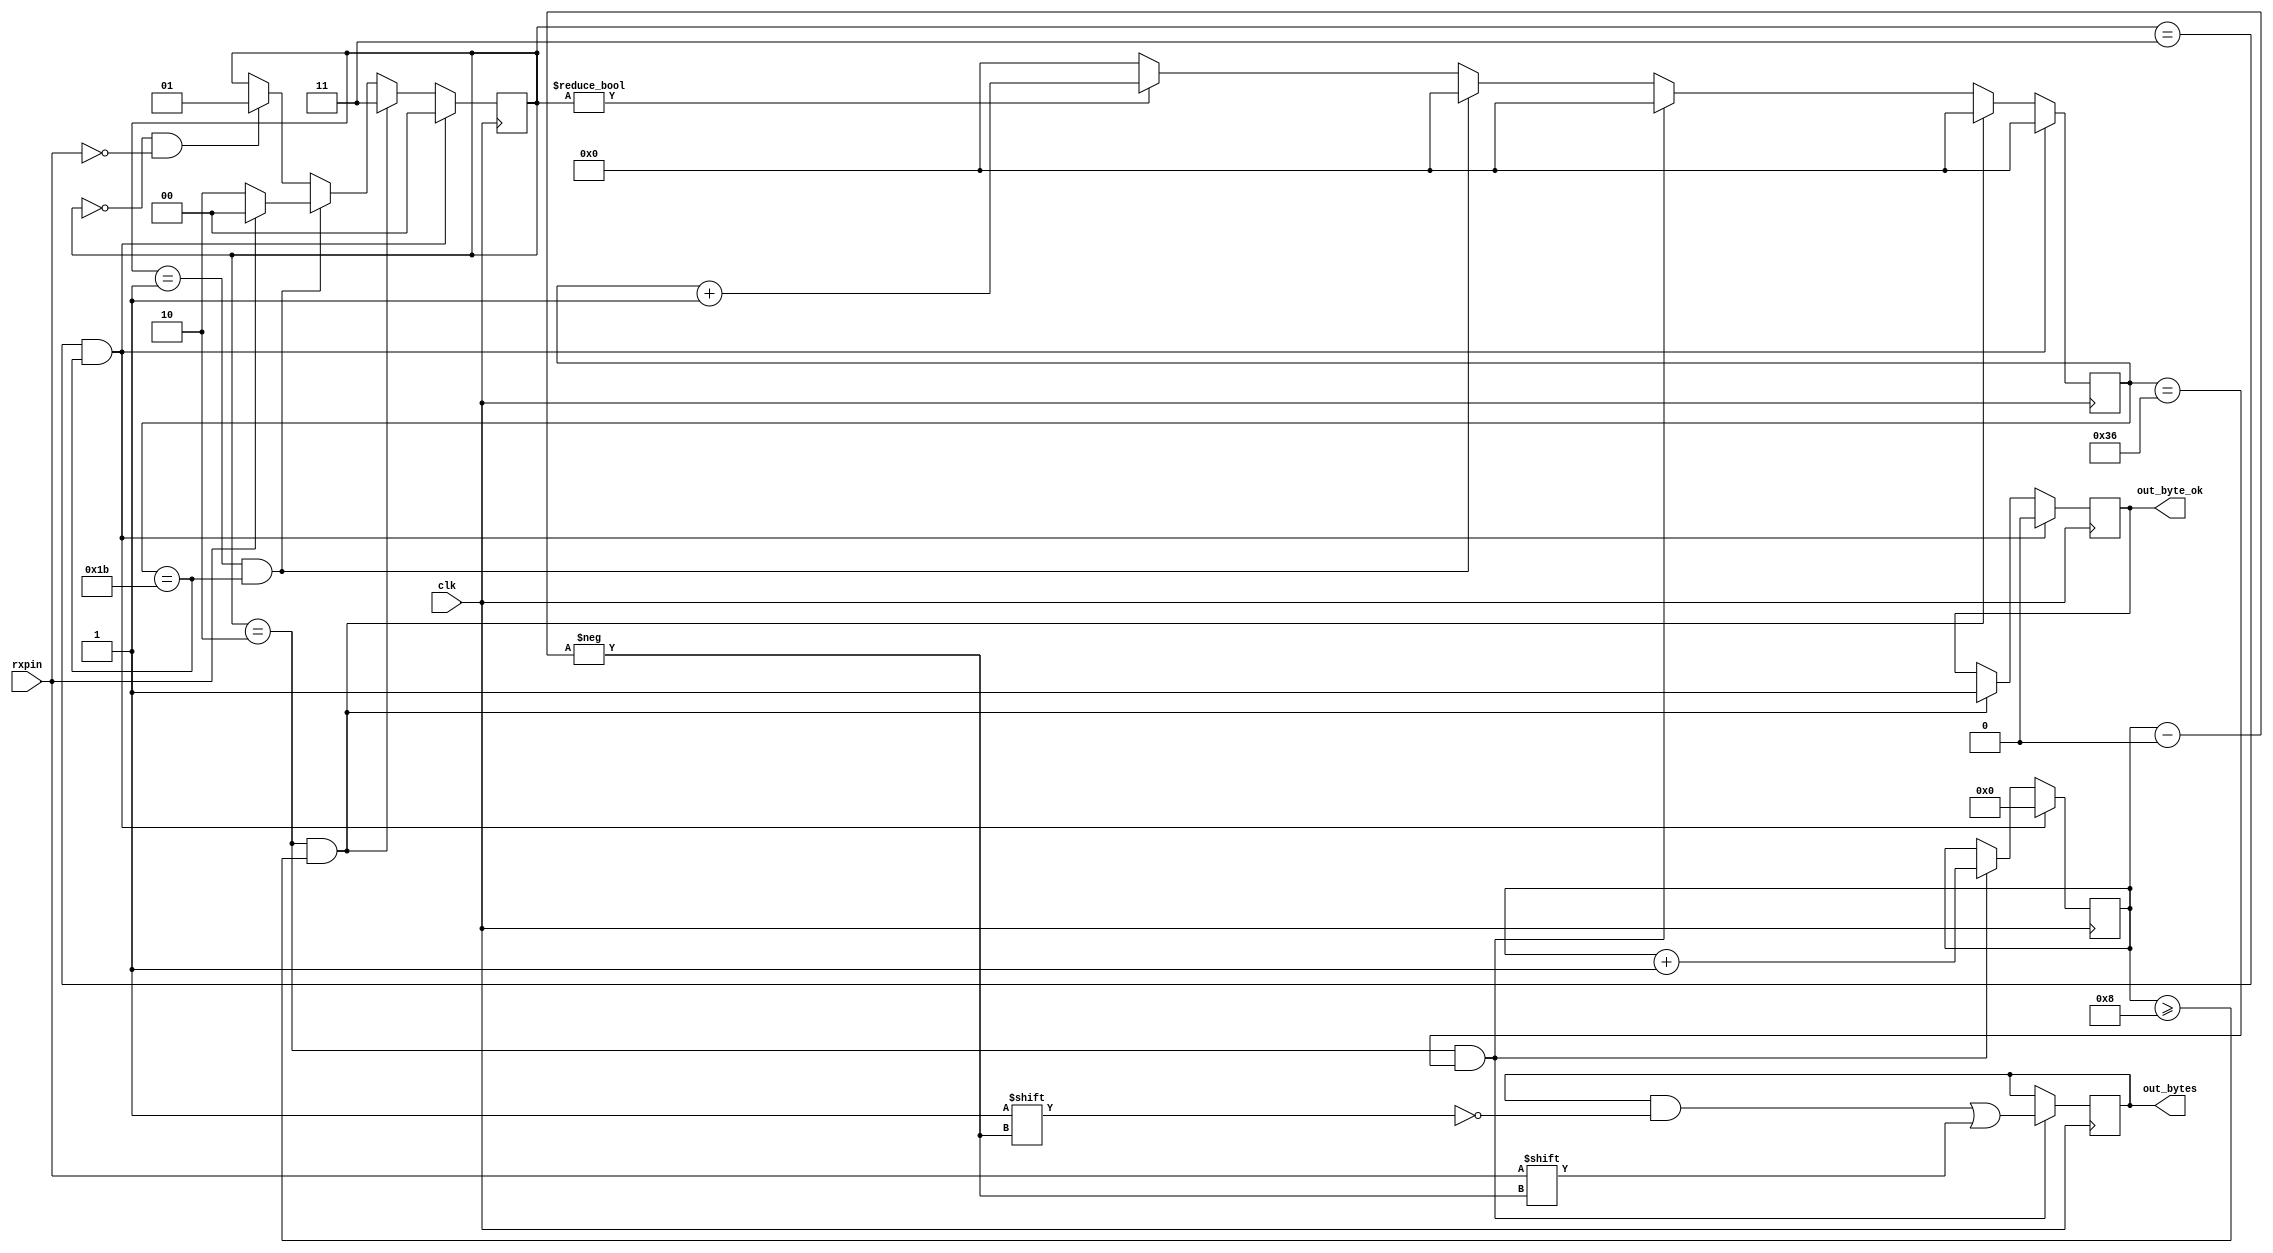
module ttlrx(
	input  clk,
	input  rxpin,
	output[7:0] out_bytes,
	output out_byte_ok
);	
	
parameter IDLE         = 2'b00;
parameter WAITTORECEIVE         = 2'b01;
parameter RECEIVING 	= 2'b10;
parameter WAITTOIDLE 	= 2'b11;

reg byte_ok;
reg [1:0]state;
reg [7:0]bytes;

reg [3:0]bitcount;

reg [15:0] cnt;

initial begin

	state <= IDLE;
	bytes <= 8'h00;
	bitcount <= 4'h0;
	cnt <= 16'h0000;
end

always @(posedge clk) begin
	
	if(state != IDLE) cnt <= cnt + 1'b1;
	else cnt <= 16'h0000;

	if(state == IDLE && rxpin == 0) state <= WAITTORECEIVE;
	
	if(state == WAITTORECEIVE && cnt == 16'b11011)begin
		cnt <= 16'h0000;
		if(rxpin == 0) state <= RECEIVING;
		else state <= IDLE;
	end

	
	if(state == RECEIVING && cnt == 16'b110110) begin
		cnt <= 16'h0000;
		bytes[bitcount] <= rxpin;
		bitcount <= bitcount + 1'b1;
	end
	
	if(state == RECEIVING && bitcount >= 8) begin
		cnt <= 16'h0000;
		byte_ok <= 1'b1;
		state <= WAITTOIDLE;
	end
	
	if(state == WAITTOIDLE && cnt == 16'b11011)begin
		cnt <= 16'h0000;
		bitcount <= 4'h0;
		byte_ok <= 1'b0;
		state <= IDLE;
	end
		
end
	
	
assign out_bytes = bytes; //{state,state};
assign out_byte_ok = byte_ok;


endmodule